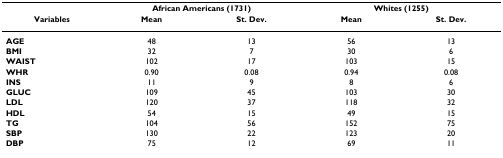
|  | <COLSPAN=2> African Americans (1731) | <COLSPAN=2> Whites (1255) |
 | Variables | Mean | St. Dev. | Mean | St. Dev. |
 | --- | --- | --- | --- | --- |
 | AGE | 48 | 13 | 56 | 13 |
 | BMI | 32 | 7 | 30 | 6 |
 | WAIST | 102 | 17 | 103 | 15 |
 | WHR | 0.90 | 0.08 | 0.94 | 0.08 |
 | INS | 11 | 9 | 8 | 6 |
 | GLUC | 109 | 45 | 103 | 30 |
 | LDL | 120 | 37 | 118 | 32 |
 | HDL | 54 | 15 | 49 | 15 |
 | TG | 104 | 56 | 152 | 75 |
 | SBP | 130 | 22 | 123 | 20 |
 | DBP | 75 | 12 | 69 | 11 |